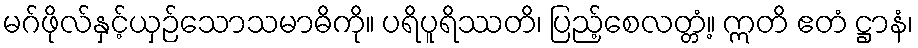
မဂ်ဖိုလ်နှင့်ယှဉ်သောသမာဓိကို။ ပရိပူရိဿတိ၊ ပြည့်စေလတ္တံ့။ ဣတိ ဧတံ ဋ္ဌာနံ၊